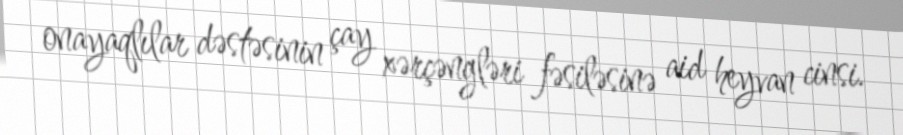
onayaqlılar dəstəsinin çay xərçəngləri fəsiləsinə aid heyvan cinsi.